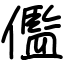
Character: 儖